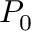
P _ { 0 }